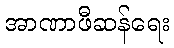
အာဏာဖီဆန်ရေး